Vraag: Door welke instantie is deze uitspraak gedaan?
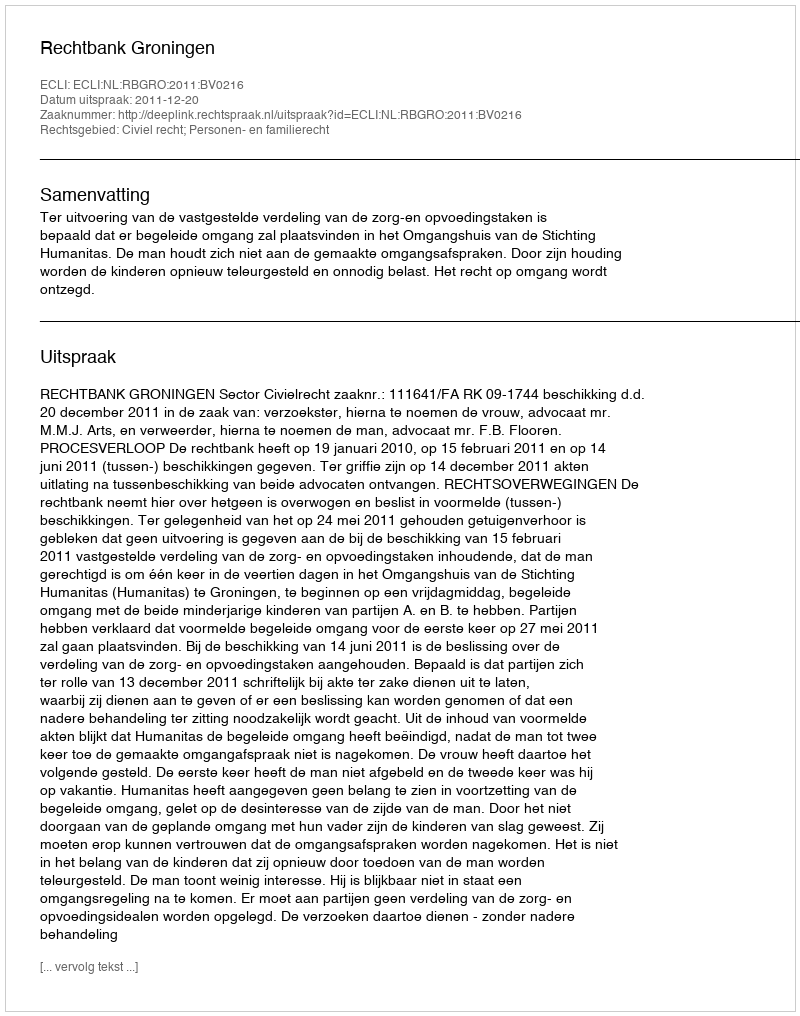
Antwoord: Rechtbank Groningen